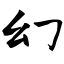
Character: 幻